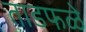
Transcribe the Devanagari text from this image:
ताडफळे